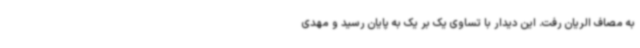
به مصاف الریان رفت. این دیدار با تساوی یک بر یک به پایان رسید و مهدی